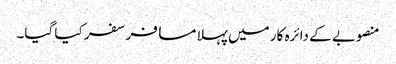
منصوبے کے دائرہ کار میں پہلا مسافر سفر کیا گیا۔